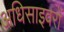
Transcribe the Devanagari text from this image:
अधिसाइवरों